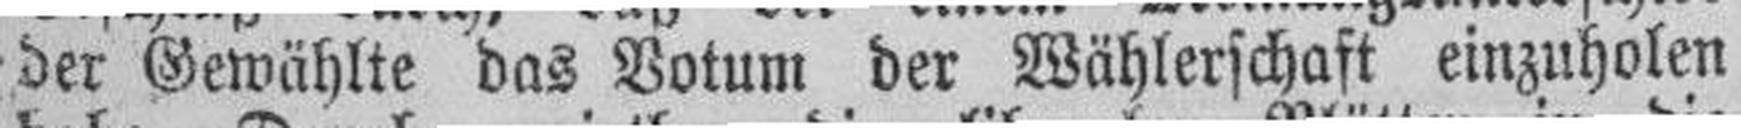
der Gewählte das Votum der Wählerschaft einzuholen